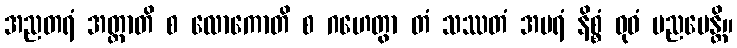
အညတရံ အတ္တာတိ စ လောကောတိ စ ဂဟေတွာ တံ သဿတံ အမရံ နိစ္စံ ဓုဝံ ပညပေန္တိ။